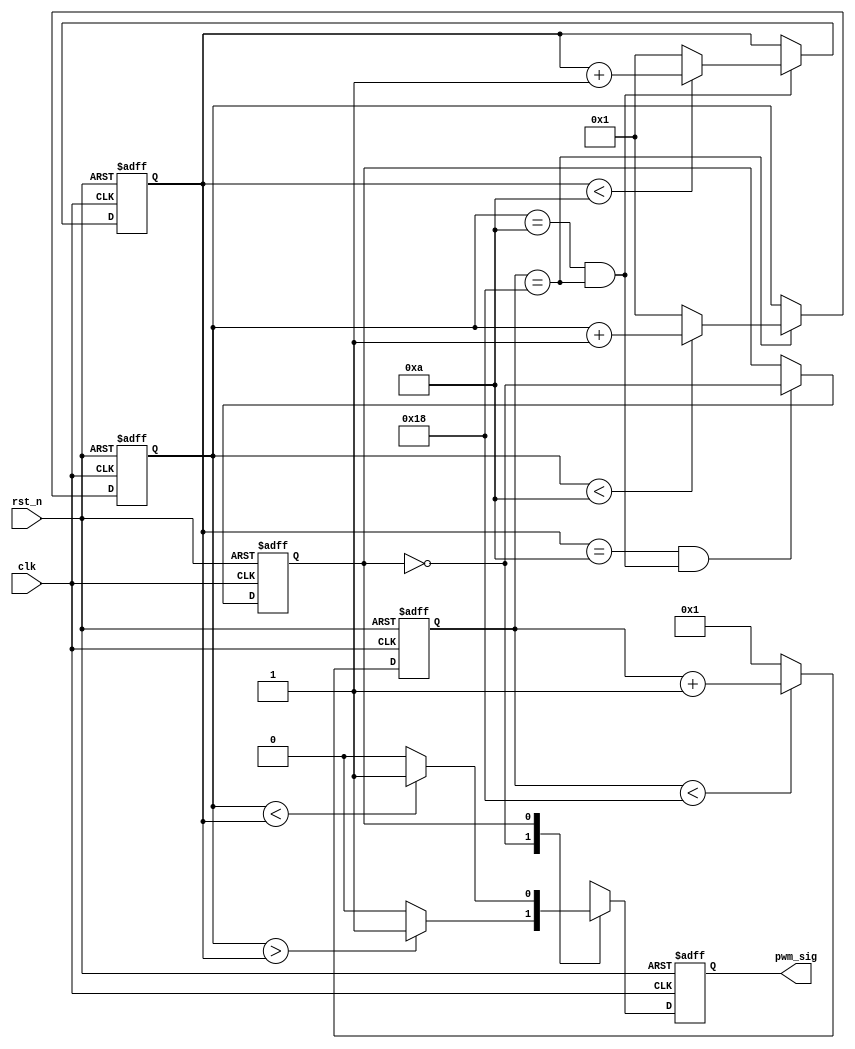
// --------------------------------------------------------------------
// >>>>>>>>>>>>>>>>>>>>>>>>> COPYRIGHT NOTICE <<<<<<<<<<<<<<<<<<<<<<<<<
// --------------------------------------------------------------------
// Github: https://github.com/halftop
// Description: LEDPWM,
// Dependencies: 
// LastEditors: halftop
// Since: 2019-05-08 11:24:52
// LastEditTime: 2019-05-08 16:08:10
// ********************************************************************
// Module Function:
`define SIMULATION;
module pwm_genrate
#(
	parameter CLK_FREQUENCE	= 24,	//MHz
			PWM_PRECISION	= 1,	//us
			PWM_PERIOD		= 1,	//ms
			BREATH_CYCLE	= 2		//s
)
(
	input					clk		,
	input					rst_n	,
	output	reg				pwm_sig	
);

`ifdef	SIMULATION
localparam	PRECISION_CNT	= CLK_FREQUENCE*PWM_PRECISION,
			PERIOD_CNT		= PWM_PERIOD*10/PWM_PRECISION,
			CYCLE_CNT		= BREATH_CYCLE*5/PWM_PRECISION/PWM_PERIOD,
			PRECISION_WD	= clogb2(PRECISION_CNT),
			PERIOD_WD		= clogb2(PERIOD_CNT),
			CYCLE_WD		= clogb2(CYCLE_CNT);
`else
localparam	PRECISION_CNT	= CLK_FREQUENCE*PWM_PRECISION,
			PERIOD_CNT		= PWM_PERIOD*1000/PWM_PRECISION,
			CYCLE_CNT		= BREATH_CYCLE*500/PWM_PRECISION/PWM_PERIOD,
			PRECISION_WD	= clogb2(PRECISION_CNT),
			PERIOD_WD		= clogb2(PERIOD_CNT),
			CYCLE_WD		= clogb2(CYCLE_CNT);
`endif

reg		[PRECISION_WD-1:0]	cnt_pre;//
reg		[PERIOD_WD-1:0]		cnt_per;//pwm
reg		[CYCLE_WD-1:0]		cnt_cyc;//
wire						time_pre;//
wire						time_per;//pwm
wire						time_cyc;//
reg							turn_flag;//10

always @(posedge clk or negedge rst_n) begin
	if (!rst_n) begin
		cnt_pre <= 'd0;
	end else if (cnt_pre<PRECISION_CNT) begin
		cnt_pre <= cnt_pre + 1'b1;
	end else begin
		cnt_pre <= 'd1;
	end
end
assign time_pre = cnt_pre == PRECISION_CNT;

always @(posedge clk or negedge rst_n) begin
	if (!rst_n) begin
		cnt_per <= 'd0;
	end else if (time_pre) begin
		cnt_per <= (cnt_per<PERIOD_CNT)?(cnt_per+1'b1):1'd1;
	end else begin
		cnt_per <= cnt_per;
	end
end
assign time_per = cnt_per == PERIOD_CNT && time_pre;

always @(posedge clk or negedge rst_n) begin
	if (!rst_n) begin
		cnt_cyc <= 'd0;
	end else if (time_per) begin
		cnt_cyc <= (cnt_cyc<CYCLE_CNT)?(cnt_cyc+1'b1):1'd1;
	end else begin
		cnt_cyc <= cnt_cyc;
	end
end
assign time_cyc = cnt_cyc == CYCLE_CNT && time_per;

always @(posedge clk or negedge rst_n) begin
	if (!rst_n) begin
		turn_flag <= 1'b0;
	end else if (time_cyc) begin
		turn_flag <= ~turn_flag;
	end else begin
		turn_flag <= turn_flag;
	end
end

always @(posedge clk or negedge rst_n) begin
	if (!rst_n) begin
		pwm_sig <= 1'b1;
	end else begin
		case (turn_flag)
			1'b0: pwm_sig <= (cnt_per>cnt_cyc)?1'b1:1'b0;
			1'b1: pwm_sig <= (cnt_per<cnt_cyc)?1'b1:1'b0;
			default: pwm_sig <= pwm_sig;
		endcase
	end
end

function integer clogb2 (input integer depth);
	begin
		for(clogb2=0; depth>0; clogb2=clogb2+1)
		depth = depth >> 1;
	end
endfunction
endmodule